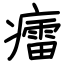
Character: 癗